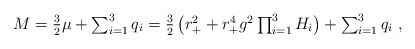
\begin{align*}M=\textstyle{3\over 2} \mu +\sum_{i=1}^3q_i=\textstyle{3\over 2}\left(r_+^2+r_+^4g^2\prod_{i=1}^3H_i\right)+\sum_{i=1}^3q_i \ , \end{align*}